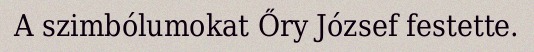
A szimbólumokat Őry József festette.